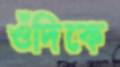
ওঁদিকে